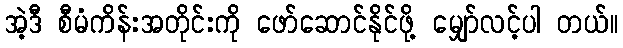
အဲ့ဒီ စီမံကိန်းအတိုင်းကို ဖော်ဆောင်နိုင်ဖို့ မျှော်လင့်ပါ တယ်။